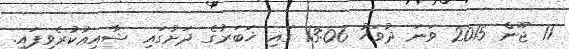
11 ޖޫން 2015 ވަނަ ދުވަހު 13:06 ގައި ޚަބަރުގެ ދަށުގައި ޝާއިޢުކުރެވިފައި.